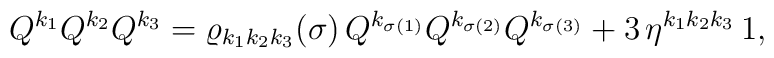
Q^{k_1}Q^{k_2}Q^{k_3}=\varrho _{k_1k_2k_3}(\sigma )\,Q^{k_{\sigma(1)}}Q^{k_{\sigma (2)}}Q^{k_{\sigma (3)}}+3\,{\eta }^{k_1k_2k_3}\,1,